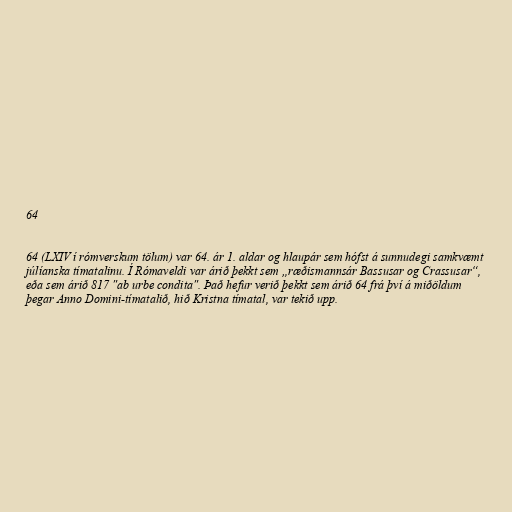
64

64 (LXIV í rómverskum tölum) var 64. ár 1. aldar og hlaupár sem hófst á sunnudegi samkvæmt
júlíanska tímatalinu. Í Rómaveldi var árið þekkt sem „ræðismannsár Bassusar og Crassusar“,
eða sem árið 817 "ab urbe condita". Það hefur verið þekkt sem árið 64 frá því á miðöldum
þegar Anno Domini-tímatalið, hið Kristna tímatal, var tekið upp.